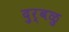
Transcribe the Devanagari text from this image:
दुर्बळु